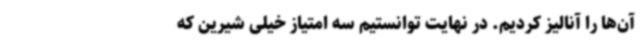
آن‌ها را آنالیز کردیم. در نهایت توانستیم سه امتیاز خیلی شیرین که